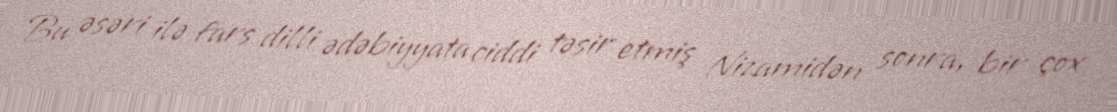
Bu əsəri ilə fars dilli ədəbiyyata ciddi təsir etmiş Nizamidən sonra, bir çox